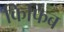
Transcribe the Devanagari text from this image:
किफिब